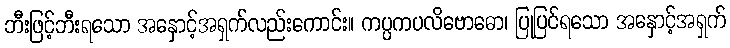
ဘီးဖြင့်ဘီးရသော အနှောင့်အရှက်လည်းကောင်း။ ကပ္ပကပလိဗောဓော၊ ပြုပြင်ရသော အနှောင့်အရှက်